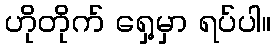
ဟိုတိုက် ရှေ့မှာ ရပ်ပါ။